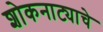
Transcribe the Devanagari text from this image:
शोकनाट्याचे